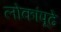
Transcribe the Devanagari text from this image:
लोकांपूढे